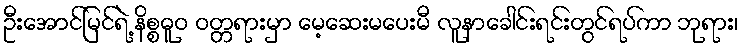
ဦးအောင်မြင်ရဲ့ နိစ္စဓူဝ ဝတ္တရားမှာ မေ့ဆေးမပေးမီ လူနာခေါင်းရင်းတွင်ရပ်ကာ ဘုရား၊